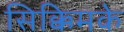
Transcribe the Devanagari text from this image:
सिक्किमके